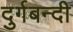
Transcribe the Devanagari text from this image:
दुर्गबन्दी